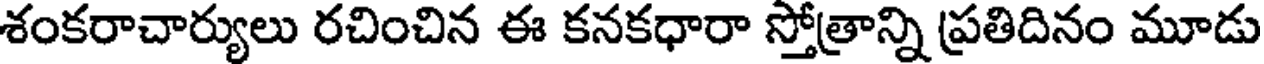
శంకరాచార్యులు రచించిన ఈ కనకధారా స్తోత్రాన్ని ప్రతిదినం మూడు